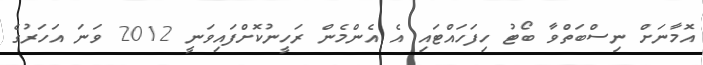
އޮމާނަށް ނިސްބަތްވާ ބޯޓު ހިފަހައްޓައި އެ އެންމެން ރަހީނުކޮށްފައިވަނީ 2012 ވަނަ އަހަރުގެ